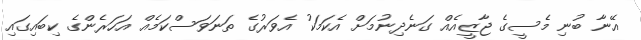
އޭނާ ބުނި މެސީގެ ޖާޒީއެއް ގަނެދިނުމަށް އެކަމަކު އެވަރުގެ ތަނަވަސްކަމެއް އަހަރެންގެ ކިބައިގައި